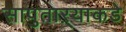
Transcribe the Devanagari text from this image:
सापुताऱ्याकडे